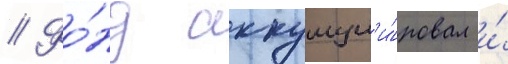
// Фо́нд аккумул'и́ровал и́